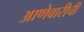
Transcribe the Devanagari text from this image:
आणेवारीची